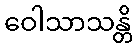
ဝေါသာသန္တိ